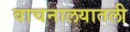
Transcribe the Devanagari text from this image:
वाचनालयातली